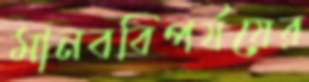
মানববিপর্যয়ের